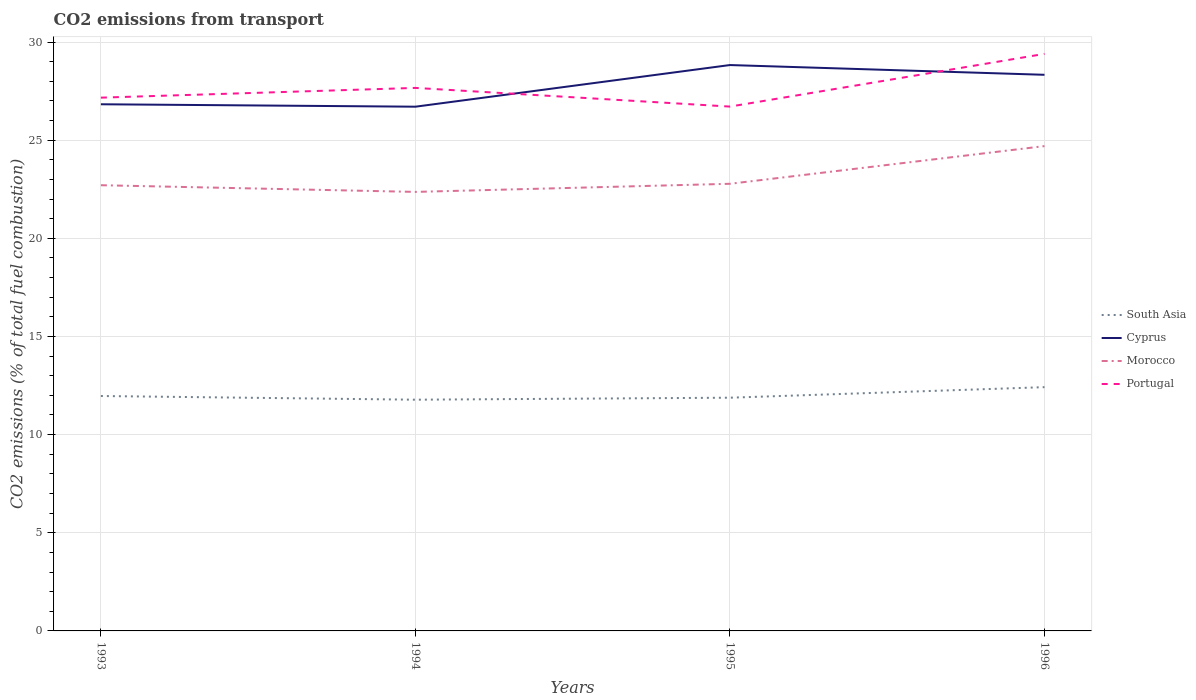
| Years | South Asia | Cyprus | Morocco | Portugal |
 | --- | --- | --- | --- | --- |
 | 1993 | 12 | 26.8 | 22.7 | 27.2 |
 | 1994 | 11.8 | 26.7 | 22.4 | 27.7 |
 | 1995 | 11.9 | 28.8 | 22.8 | 26.7 |
 | 1996 | 12.4 | 28.3 | 24.7 | 29.4 |